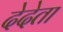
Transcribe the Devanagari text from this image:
देदेता